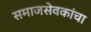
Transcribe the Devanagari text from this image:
समाजसेवकांचा